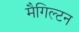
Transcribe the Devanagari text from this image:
मैगिल्टन